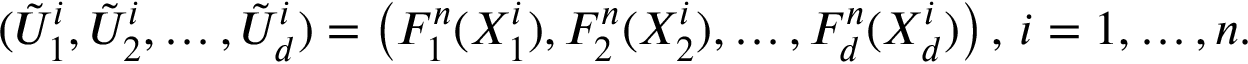
( { \tilde { U } } _ { 1 } ^ { i } , { \tilde { U } } _ { 2 } ^ { i } , \dots , { \tilde { U } } _ { d } ^ { i } ) = \left( F _ { 1 } ^ { n } ( X _ { 1 } ^ { i } ) , F _ { 2 } ^ { n } ( X _ { 2 } ^ { i } ) , \dots , F _ { d } ^ { n } ( X _ { d } ^ { i } ) \right) , \, i = 1 , \dots , n .